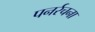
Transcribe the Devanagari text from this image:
पनर्रचना